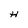
Character: H